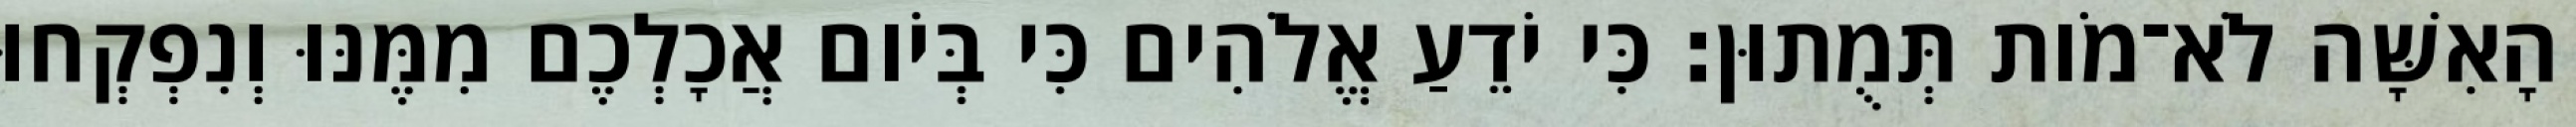
הָאִשָּׁה לֹא־מֹות תְּמֻתוּן׃ כִּי יֹדֵעַ אֱלֹהִים כִּי בְּיֹום אֲכָלְכֶם מִמֶּנּוּ וְנִפְקְחוּ